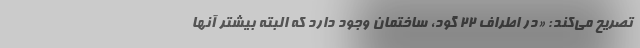
تصریح می‌کند: «در اطراف ۲۲ گود، ساختمان وجود دارد که البته بیشتر آنها